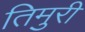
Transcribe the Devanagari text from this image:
तिमुरी